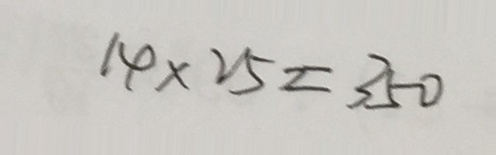
1 4 \times 2 5 = 3 5 0